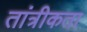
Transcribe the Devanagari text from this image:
तांत्रीकता